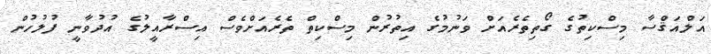
އަލްއަޤްސާ މިސްކިތުގެ ގޯތިތެރެއަށް ވަނުމުގެ އިތުރުން މިސްކިތް ތެރެއަށްވެސް އިސްރާއީލުގެ އުދުވާނީ ފުލުހުން